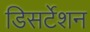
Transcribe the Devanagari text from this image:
डिसर्टेशन